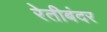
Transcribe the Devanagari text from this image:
रेतीबंदर